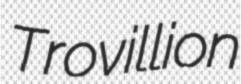
Trovillion